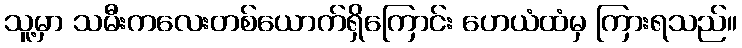
သူ့မှာ သမီးကလေးတစ်ယောက်ရှိကြောင်း ဟေယံထံမှ ကြားရသည်။